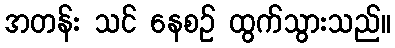
အတန်း သင် နေစဉ် ထွက်သွားသည်။